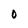
Character: O